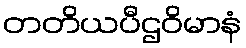
တတိယပီဌဝိမာနံ